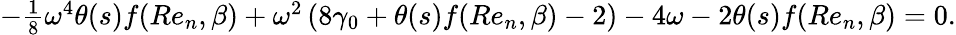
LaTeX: \begin{array}{r}{-\frac{1}{8}\omega^{4}\theta(s)f(Re_{n},\beta)+\omega^{2}\left(8\gamma_{0}+\theta(s)f(Re_{n},\beta)-2\right)-4\omega-2\theta(s)f(Re_{n},\beta)=0.}\end{array}